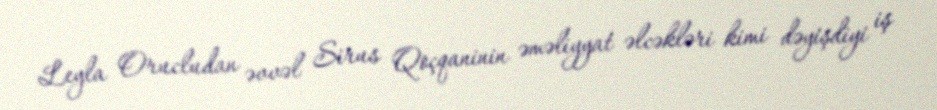
Leyla Orucludan əvvəl Sirus Qoçqaninin əməliyyat əlcəkləri kimi dəyişdiyi iş